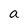
Character: a